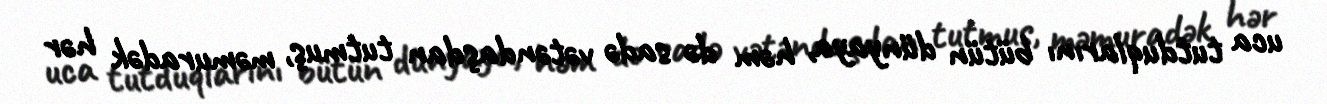
uca tutduqlarını bütün dünyaya, həm də sadə vətəndaşdan tutmuş, məmuradək hər